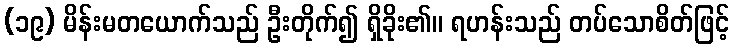
(၁၉) မိန်းမတယောက်သည် ဦးတိုက်၍ ရှိခိုး၏။ ရဟန်းသည် တပ်သောစိတ်ဖြင့်